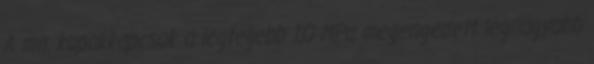
A ma. kupakkapcsok a legfeljebb 1,0 MPa megengedett legnagyobb